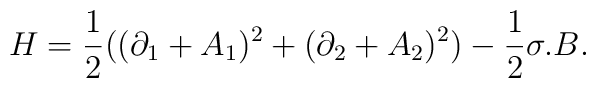
H= {\frac{1}{2}}((\partial_{1}+ A_{1})^{2}+(\partial_{2}+ A_{2})^{2}) -{\frac{1}{2}}{\sigma}.B.